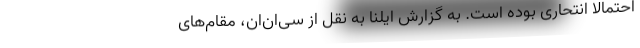
احتمالا انتحاری بوده است. به گزارش ایلنا به نقل از سی‌ان‌ان، مقام‌های